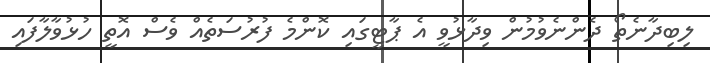
ލިބިދާނެތޯ ދެންނެވުމުން ވިދާޅުވީ އެ ޕާޓީގައި ކޮންމެ ފުރުސަތެއް ވެސް އޮތީ ހުޅުވާލާފައި